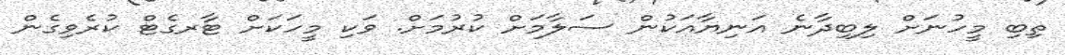
ތިބި މީހުނަށް ލިބިދާނެ އަނިޔާއަކުން ސަލާމަށް ކުރުމަށް. ވަކި މީހަކަށް ޓާރގެޓް ކުރެވިގެން